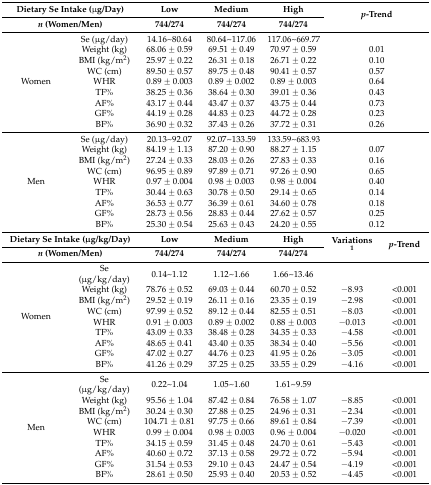
<table><thead><tr><td colspan="2"><b>Dietary Se Intake (μg/Day)</b></td><td><b>Low</b></td><td><b>Medium</b></td><td><b>High</b></td><td rowspan="2" colspan="2"><b><i>p</i>-Trend</b></td></tr><tr><td colspan="2"><b><i>n</i> (Women/Men)</b></td><td><b>744/274</b></td><td><b>744/274</b></td><td><b>744/274</b></td></tr></thead><tbody><tr><td rowspan="9">Women</td><td>Se (μg/day)</td><td>14.16~80.64</td><td>80.64~117.06</td><td>117.06~669.77</td><td colspan="2"></td></tr><tr><td>Weight (kg)</td><td>68.06 ± 0.59</td><td>69.51 ± 0.49</td><td>70.97 ± 0.59</td><td colspan="2">0.01</td></tr><tr><td>BMI (kg/m<sup>2</sup>)</td><td>25.97 ± 0.22</td><td>26.31 ± 0.18</td><td>26.71 ± 0.22</td><td colspan="2">0.10</td></tr><tr><td>WC (cm)</td><td>89.50 ± 0.57</td><td>89.75 ± 0.48</td><td>90.41 ± 0.57</td><td colspan="2">0.57</td></tr><tr><td>WHR</td><td>0.89 ± 0.003</td><td>0.89 ± 0.002</td><td>0.89 ± 0.003</td><td colspan="2">0.64</td></tr><tr><td>TF%</td><td>38.25 ± 0.36</td><td>38.64 ± 0.30</td><td>39.01 ± 0.36</td><td colspan="2">0.43</td></tr><tr><td>AF%</td><td>43.17 ± 0.44</td><td>43.47 ± 0.37</td><td>43.75 ± 0.44</td><td colspan="2">0.73</td></tr><tr><td>GF%</td><td>44.19 ± 0.28</td><td>44.83 ± 0.23</td><td>44.72 ± 0.28</td><td colspan="2">0.23</td></tr><tr><td>BF%</td><td>36.90 ± 0.32</td><td>37.43 ± 0.26</td><td>37.72 ± 0.31</td><td colspan="2">0.26</td></tr><tr><td rowspan="9">Men</td><td>Se (μg/day)</td><td>20.13~92.07</td><td>92.07~133.59</td><td>133.59~683.93</td><td colspan="2"></td></tr><tr><td>Weight (kg)</td><td>84.19 ± 1.13</td><td>87.20 ± 0.90</td><td>88.27 ± 1.15</td><td colspan="2">0.07</td></tr><tr><td>BMI (kg/m<sup>2</sup>)</td><td>27.24 ± 0.33</td><td>28.03 ± 0.26</td><td>27.83 ± 0.33</td><td colspan="2">0.16</td></tr><tr><td>WC (cm)</td><td>96.95 ± 0.89</td><td>97.89 ± 0.71</td><td>97.26 ± 0.90</td><td colspan="2">0.65</td></tr><tr><td>WHR</td><td>0.97 ± 0.004</td><td>0.98 ± 0.003</td><td>0.98 ± 0.004</td><td colspan="2">0.40</td></tr><tr><td>TF%</td><td>30.44 ± 0.63</td><td>30.78 ± 0.50</td><td>29.14 ± 0.65</td><td colspan="2">0.14</td></tr><tr><td>AF%</td><td>36.53 ± 0.77</td><td>36.39 ± 0.61</td><td>34.60 ± 0.78</td><td colspan="2">0.18</td></tr><tr><td>GF%</td><td>28.73 ± 0.56</td><td>28.83 ± 0.44</td><td>27.62 ± 0.57</td><td colspan="2">0.25</td></tr><tr><td>BF%</td><td>25.30 ± 0.54</td><td>25.63 ± 0.43</td><td>24.20 ± 0.55</td><td colspan="2">0.12</td></tr><tr><td colspan="2"><b>Dietary Se Intake (μg/kg/Day)</b></td><td><b>Low</b></td><td><b>Medium</b></td><td><b>High</b></td><td rowspan="2"><b>Variations <sup>1</sup></b></td><td rowspan="2"><b><i>p</i>-Trend</b></td></tr><tr><td colspan="2"><b><i>n</i> (Women/Men)</b></td><td><b>744/274</b></td><td><b>744/274</b></td><td><b>744/274</b></td></tr><tr><td rowspan="9">Women</td><td>Se (μg/kg/day)</td><td>0.14~1.12</td><td>1.12~1.66</td><td>1.66~13.46</td><td></td><td></td></tr><tr><td>Weight (kg)</td><td>78.76 ± 0.52</td><td>69.03 ± 0.44</td><td>60.70 ± 0.52</td><td>−8.93</td><td>&lt;0.001</td></tr><tr><td>BMI (kg/m<sup>2</sup>)</td><td>29.52 ± 0.19</td><td>26.11 ± 0.16</td><td>23.35 ± 0.19</td><td>−2.98</td><td>&lt;0.001</td></tr><tr><td>WC (cm)</td><td>97.99 ± 0.52</td><td>89.12 ± 0.44</td><td>82.55 ± 0.51</td><td>−8.03</td><td>&lt;0.001</td></tr><tr><td>WHR</td><td>0.91 ± 0.003</td><td>0.89 ± 0.002</td><td>0.88 ± 0.003</td><td>−0.013</td><td>&lt;0.001</td></tr><tr><td>TF%</td><td>43.09 ± 0.33</td><td>38.48 ± 0.28</td><td>34.35 ± 0.33</td><td>−4.58</td><td>&lt;0.001</td></tr><tr><td>AF%</td><td>48.65 ± 0.41</td><td>43.40 ± 0.35</td><td>38.34 ± 0.40</td><td>−5.56</td><td>&lt;0.001</td></tr><tr><td>GF%</td><td>47.02 ± 0.27</td><td>44.76 ± 0.23</td><td>41.95 ± 0.26</td><td>−3.05</td><td>&lt;0.001</td></tr><tr><td>BF%</td><td>41.26 ± 0.29</td><td>37.25 ± 0.25</td><td>33.55 ± 0.29</td><td>−4.16</td><td>&lt;0.001</td></tr><tr><td rowspan="9">Men</td><td>Se (μg/kg/day)</td><td>0.22~1.04</td><td>1.05~1.60</td><td>1.61~9.59</td><td></td><td></td></tr><tr><td>Weight (kg)</td><td>95.56 ± 1.04</td><td>87.42 ± 0.84</td><td>76.58 ± 1.07</td><td>−8.85</td><td>&lt;0.001</td></tr><tr><td>BMI (kg/m<sup>2</sup>)</td><td>30.24 ± 0.30</td><td>27.88 ± 0.25</td><td>24.96 ± 0.31</td><td>−2.34</td><td>&lt;0.001</td></tr><tr><td>WC (cm)</td><td>104.71 ± 0.81</td><td>97.75 ± 0.66</td><td>89.61 ± 0.84</td><td>−7.39</td><td>&lt;0.001</td></tr><tr><td>WHR</td><td>0.99 ± 0.004</td><td>0.98 ± 0.003</td><td>0.96 ± 0.004</td><td>−0.020</td><td>&lt;0.001</td></tr><tr><td>TF%</td><td>34.15 ± 0.59</td><td>31.45 ± 0.48</td><td>24.70 ± 0.61</td><td>−5.43</td><td>&lt;0.001</td></tr><tr><td>AF%</td><td>40.60 ± 0.72</td><td>37.13 ± 0.58</td><td>29.72 ± 0.72</td><td>−5.94</td><td>&lt;0.001</td></tr><tr><td>GF%</td><td>31.54 ± 0.53</td><td>29.10 ± 0.43</td><td>24.47 ± 0.54</td><td>−4.19</td><td>&lt;0.001</td></tr><tr><td>BF%</td><td>28.61 ± 0.50</td><td>25.93 ± 0.40</td><td>20.53 ± 0.52</td><td>−4.45</td><td>&lt;0.001</td></tr></tbody></table>